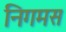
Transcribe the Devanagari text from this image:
निगमस